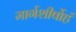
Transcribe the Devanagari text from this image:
मार्गशीर्षोहं